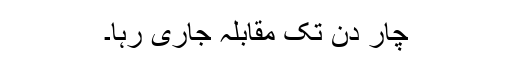
چار دن تک مقابلہ جاری رہا۔